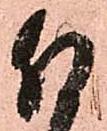
付